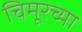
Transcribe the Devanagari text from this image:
चिमूरच्या